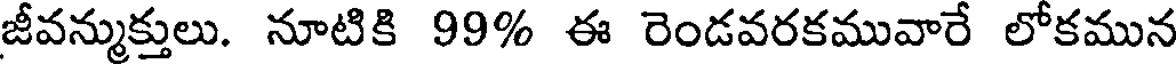
జీవన్ముక్తులు. నూటికి 99% ఈ రెండవరకమువారే లోకమున